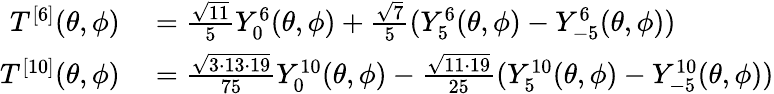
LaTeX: \begin{array}{rl}{T^{[6]}(\theta,\phi)}&{{}=\frac{\sqrt{11}}{5}Y_{0}^{6}(\theta,\phi)+\frac{\sqrt{7}}{5}(Y_{5}^{6}(\theta,\phi)-Y_{-5}^{6}(\theta,\phi))}\\ {T^{[10]}(\theta,\phi)}&{{}=\frac{\sqrt{3\cdot 13\cdot 19}}{75}Y_{0}^{10}(\theta,\phi)-\frac{\sqrt{11\cdot 19}}{25}(Y_{5}^{10}(\theta,\phi)-Y_{-5}^{10}(\theta,\phi))}\end{array}